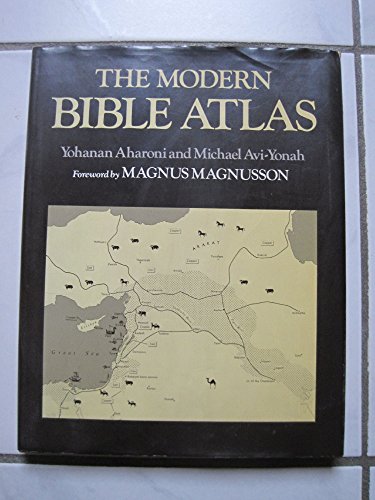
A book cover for Modern Bible Atlas; Yohanan Aharoni; Christian Books & Bibles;